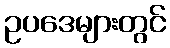
ဥပဒေများတွင်